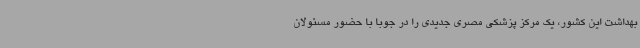
بهداشت این کشور، یک مرکز پزشکی مصری جدیدی را در جوبا با حضور مسئولان